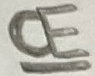
Text: CE